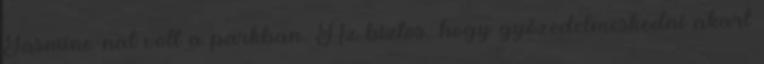
Jasmine-nal volt a parkban. Az biztos, hogy győzedelmeskedni akart